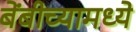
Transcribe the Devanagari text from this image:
बेंबीच्यामध्ये